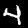
Label: 4